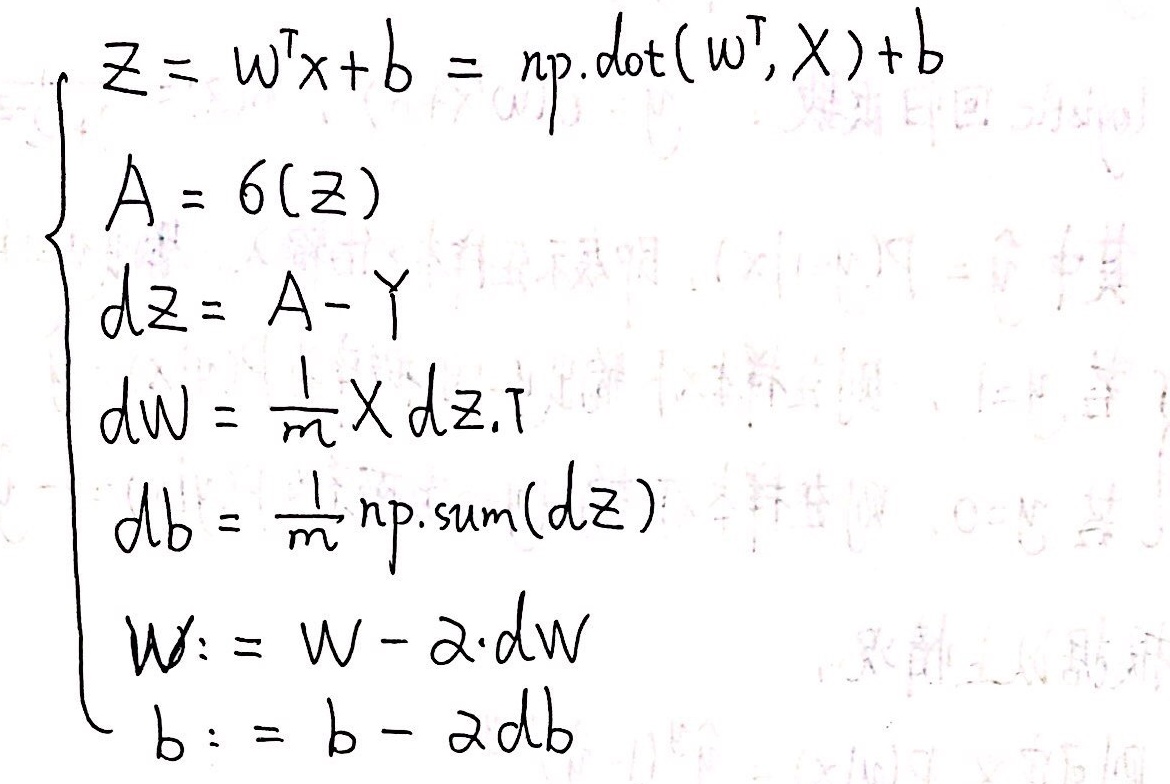
\[\begin{cases}
z = w^{\mathrm{T}}x + b = \text{np.dot}(w^{\mathrm{T}}, x)+b\\
A = 6(z)\\
dz = A - y\\
dw=\frac{1}{m}xdz^{\mathrm{T}}\\
db=\frac{1}{m}\text{np.sum}(dz)\\
w := w - \alpha\cdot dw\\
b := b - \alpha db
\end{cases}\]